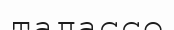
талассо